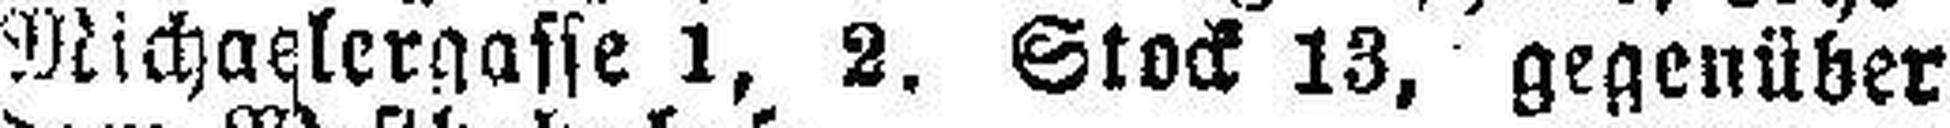
Michaelergasse 1, 2. Stock 13, gegenüber